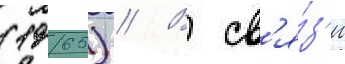
(1965) // В св'я́з'и